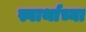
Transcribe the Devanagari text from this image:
स्वार्थाच्या